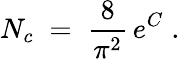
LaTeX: N_{c}\; =\; \frac{8}{\pi^{2}}\, e^{C}\; .